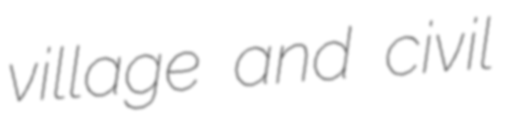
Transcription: village and civil